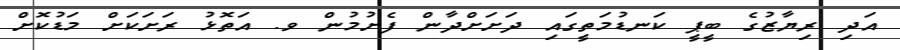
އަދި ރިޔާޒުގެ ބީޕީ ކަނޑުމަތީގައި ދަށަށްދާން ފެށުމުން ވ. އަތޮޅު ރަށަކަށް މަޑުކޮށް